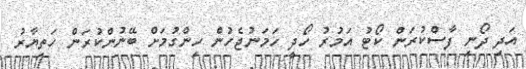
އަދި ދޯނި ފާސްކުރަން ކޯޓު އަމުރު ހޯދީ ހަމަނުޖެހުން ހިންގުމަށް ބޭނުންކުރަން ހަތިޔާރު